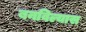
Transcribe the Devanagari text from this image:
बनविल्यास